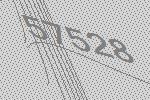
57528